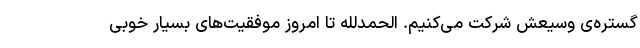
گستره‌ی وسیعش شرکت می‌کنیم. الحمدللّه تا امروز موفقیت‌های بسیار خوبی